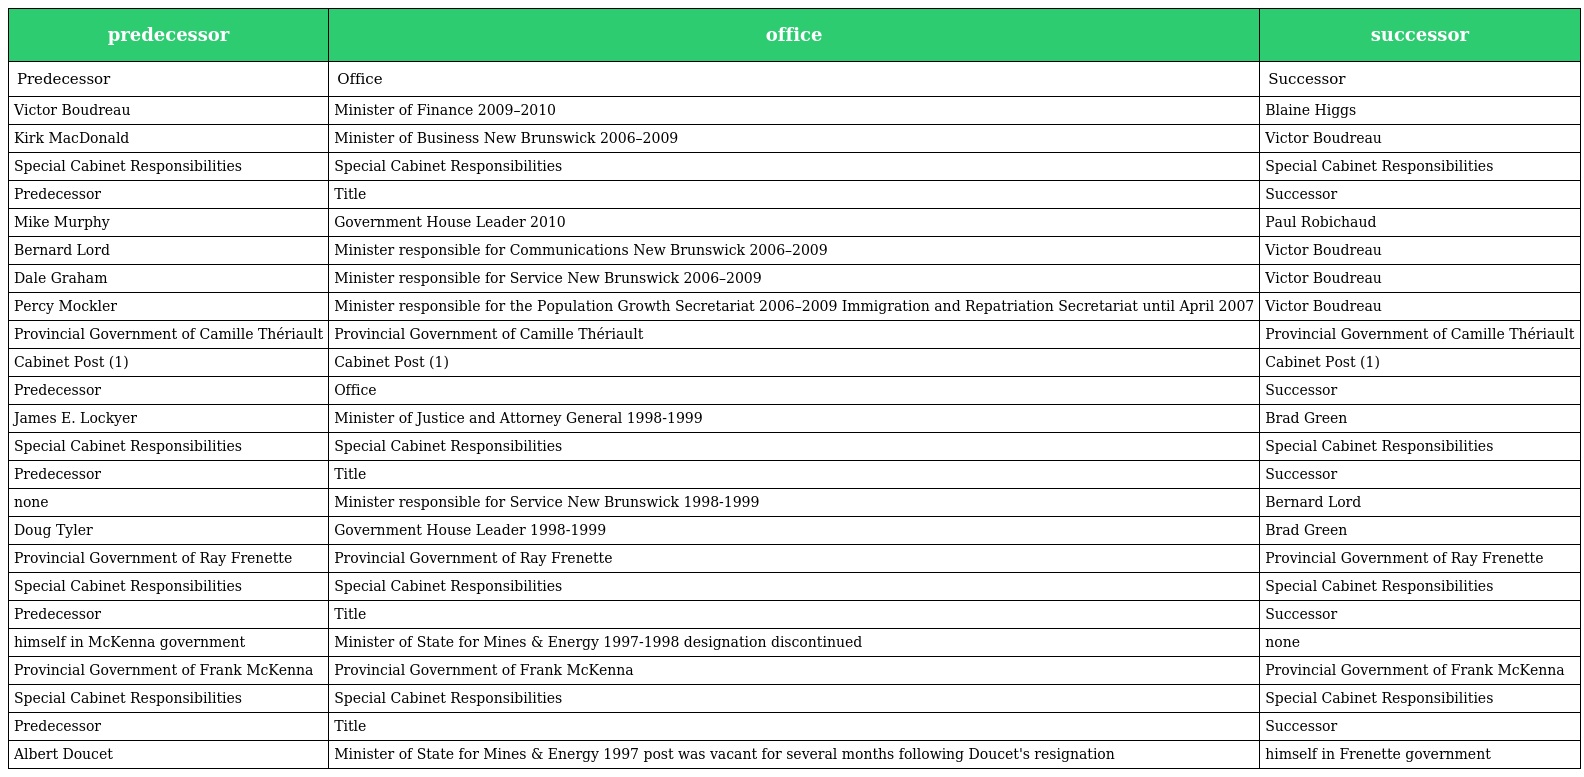
| predecessor | office | successor |
 | --- | --- | --- |
 | Predecessor | Office | Successor |
 | Victor Boudreau | Minister of Finance 2009–2010 | Blaine Higgs |
 | Kirk MacDonald | Minister of Business New Brunswick 2006–2009 | Victor Boudreau |
 | Special Cabinet Responsibilities | Special Cabinet Responsibilities | Special Cabinet Responsibilities |
 | Predecessor | Title | Successor |
 | Mike Murphy | Government House Leader 2010 | Paul Robichaud |
 | Bernard Lord | Minister responsible for Communications New Brunswick 2006–2009 | Victor Boudreau |
 | Dale Graham | Minister responsible for Service New Brunswick 2006–2009 | Victor Boudreau |
 | Percy Mockler | Minister responsible for the Population Growth Secretariat 2006–2009 Immigration and Repatriation Secretariat until April 2007 | Victor Boudreau |
 | Provincial Government of Camille Thériault | Provincial Government of Camille Thériault | Provincial Government of Camille Thériault |
 | Cabinet Post (1) | Cabinet Post (1) | Cabinet Post (1) |
 | Predecessor | Office | Successor |
 | James E. Lockyer | Minister of Justice and Attorney General 1998-1999 | Brad Green |
 | Special Cabinet Responsibilities | Special Cabinet Responsibilities | Special Cabinet Responsibilities |
 | Predecessor | Title | Successor |
 | none | Minister responsible for Service New Brunswick 1998-1999 | Bernard Lord |
 | Doug Tyler | Government House Leader 1998-1999 | Brad Green |
 | Provincial Government of Ray Frenette | Provincial Government of Ray Frenette | Provincial Government of Ray Frenette |
 | Special Cabinet Responsibilities | Special Cabinet Responsibilities | Special Cabinet Responsibilities |
 | Predecessor | Title | Successor |
 | himself in McKenna government | Minister of State for Mines & Energy 1997-1998 designation discontinued | none |
 | Provincial Government of Frank McKenna | Provincial Government of Frank McKenna | Provincial Government of Frank McKenna |
 | Special Cabinet Responsibilities | Special Cabinet Responsibilities | Special Cabinet Responsibilities |
 | Predecessor | Title | Successor |
 | Albert Doucet | Minister of State for Mines & Energy 1997 post was vacant for several months following Doucet's resignation | himself in Frenette government |